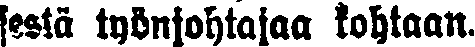
sestä työnjohtajaa kohtaan.